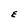
Character: E